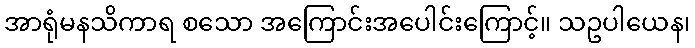
အာရုံမနသိကာရ စသော အကြောင်းအပေါင်းကြောင့်။ သဥပါယေန၊